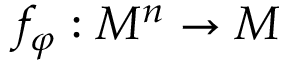
f _ { \varphi } : M ^ { n } \to M